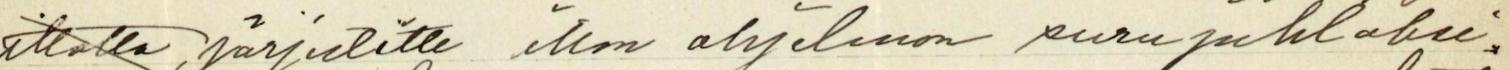
illalla, järjestitte illan ohjelman surujuhlaksi.